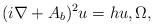
LaTeX: \begin{align*} (i\nabla+A_b)^2 u = hu, \Omega, \end{align*}